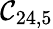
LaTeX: \mathcal{C}_{24,5}